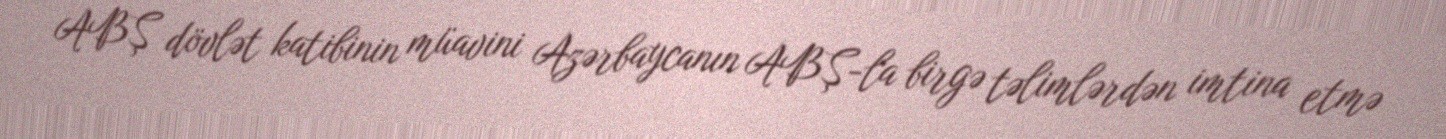
ABŞ dövlət katibinin müavini Azərbaycanın ABŞ-la birgə təlimlərdən imtina etmə